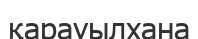
қарауылхана